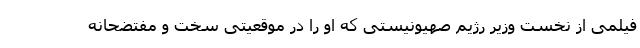
فیلمی از نخست وزیر رژیم صهیونیستی که او را در موقعیتی سخت و مفتضحانه